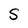
Character: S